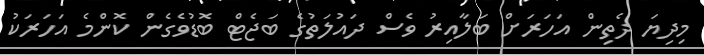
މިދިޔަ ދެތިން އަހަރަށް ބަލާއިރު ވެސް ދައުލަތުގެ ބަޖެޓް ބޮޑުވެގެން ކޮންމެ އަހަރަކު